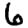
Digit: 6